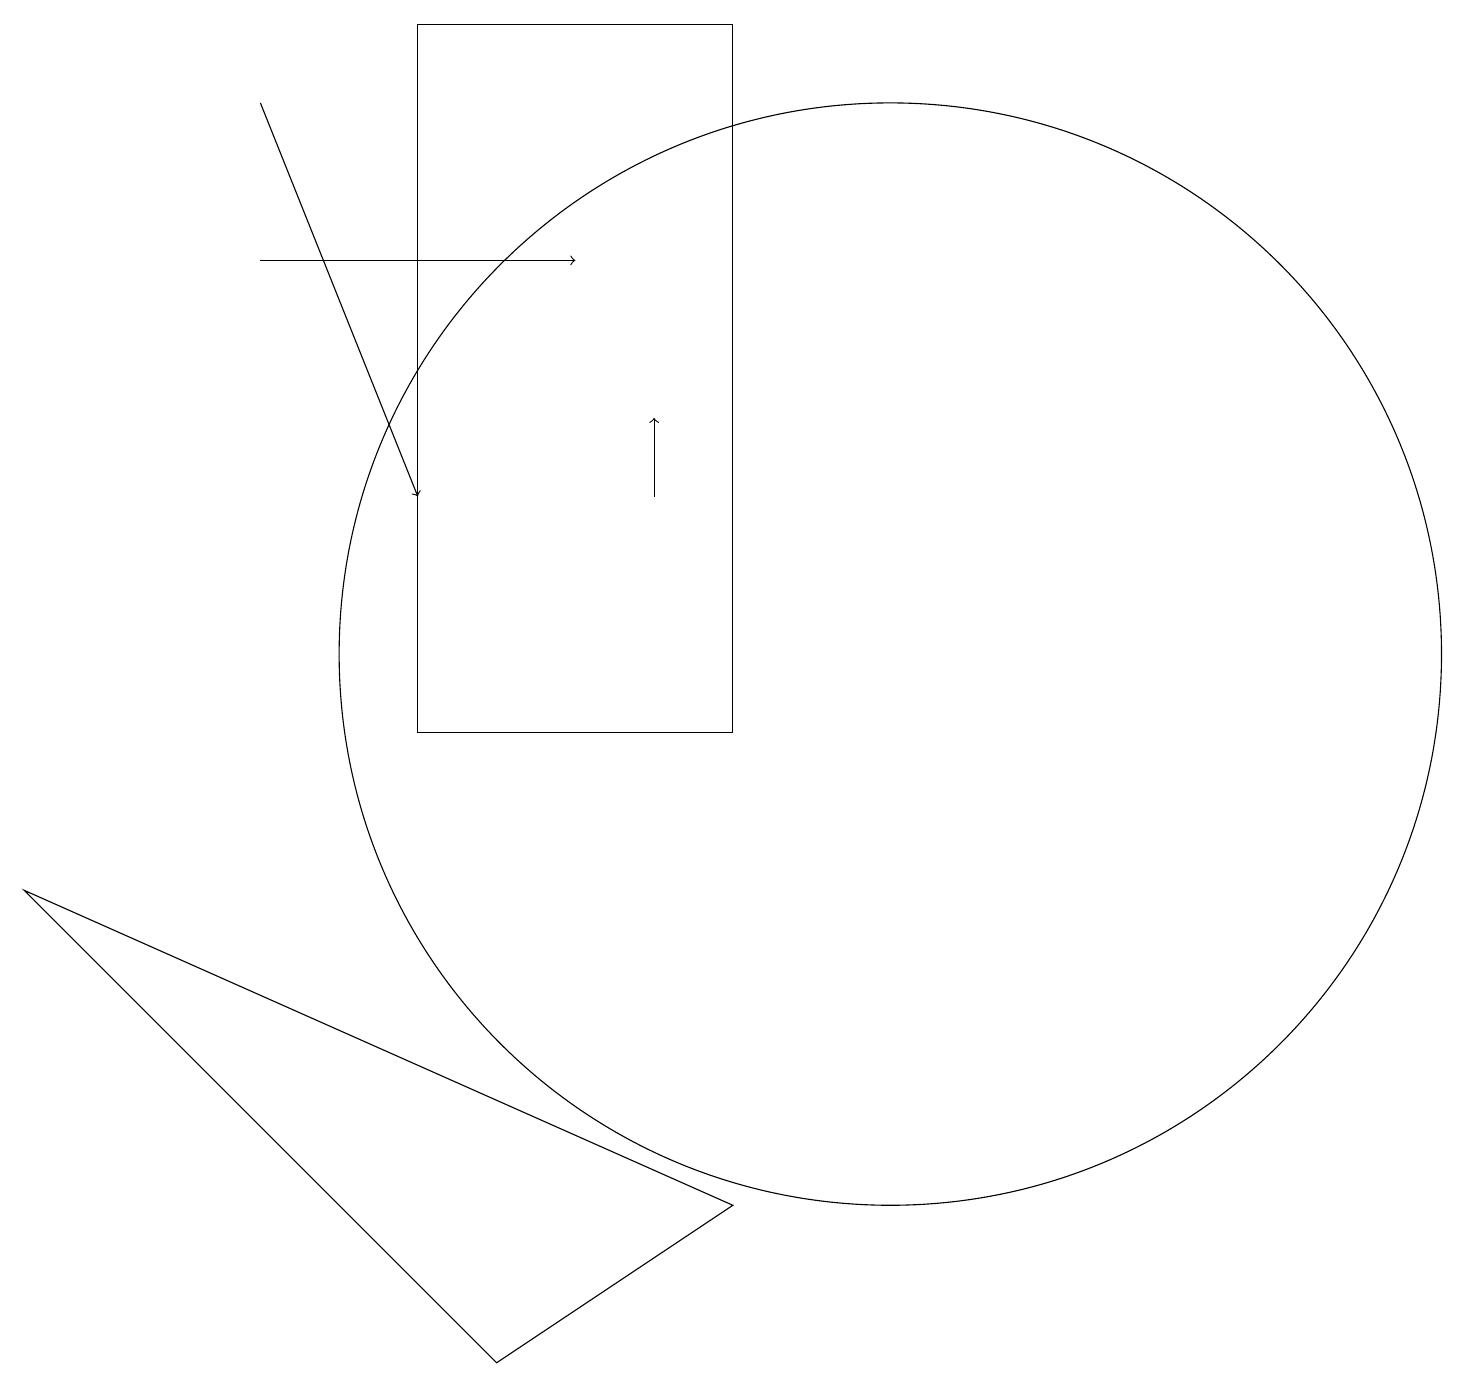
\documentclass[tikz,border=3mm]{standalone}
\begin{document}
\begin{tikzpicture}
\draw (5,10) rectangle (9,19);
\draw[->] (8,13) -- (8,14);
\draw (11,11) circle (7);
\draw[->] (3,16) -- (7,16);
\draw (6,2) -- (0,8) -- (9,4) -- cycle;
\draw[->] (3,18) -- (5,13);
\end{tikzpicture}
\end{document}